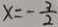
x = - \frac { 3 } { 2 }